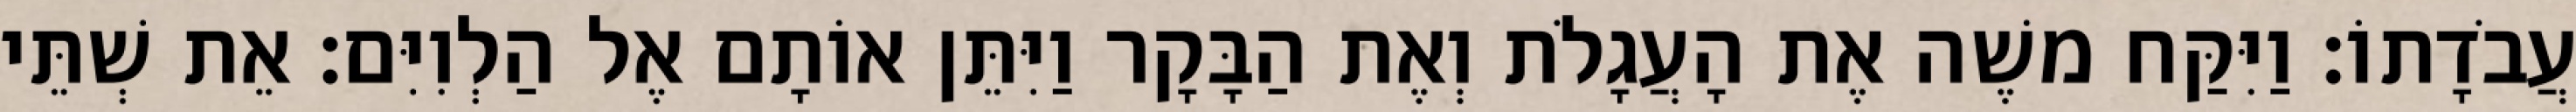
עֲבֹדָתוֹ׃ וַיִּקַּח משֶׁה אֶת הָעֲגָלֹת וְאֶת הַבָּקָר וַיִּתֵּן אוֹתָם אֶל הַלְוִיִּם׃ אֵת שְׁתֵּי